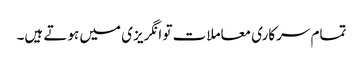
تمام سرکاری معاملات تو انگریزی میں ہوتے ہیں۔